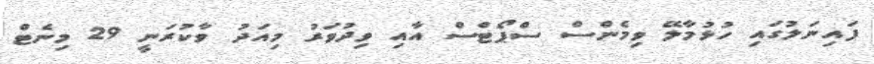
ފައިނަލުގައި ހުޅުމާލޭ ވިމެންސް ސްޕޯޓްސް އާއި ވިދުވަރު މިއަދު ވާކުރަނީ 29 މިނެޓް